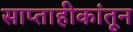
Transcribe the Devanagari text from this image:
साप्ताहीकांतून